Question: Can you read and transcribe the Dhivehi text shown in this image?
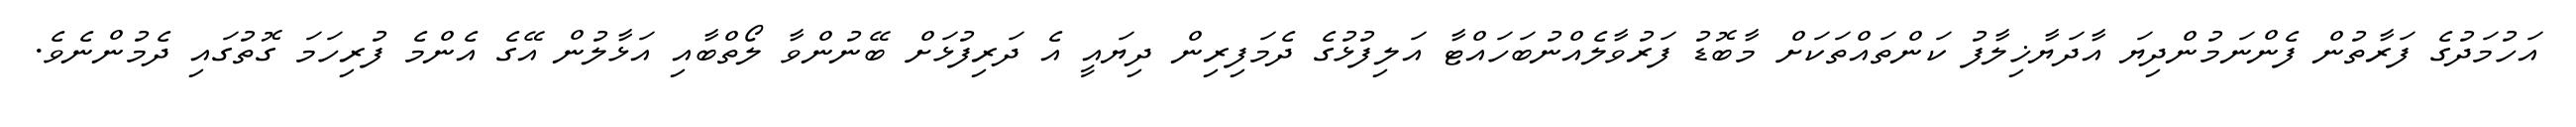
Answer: އަހުމަދުގެ ފަރާތުން ފެންނަމުންދިޔަ އާދަޔާޚިލާފު ކަންތައްތަކަށް މާބޮޑު ފަރުވާލެއްނުބަހައްޓާ އަލިފުޅުގެ ދެމަފިރިން ދިޔައީ އެ ދަރިފުޅަށް ބޭނުންވާ ލޯތްބާއި އަޅާލުން އޭގެ އެންމެ ފުރިހަމަ ގޮތުގައި ދެމުންނެވެ.